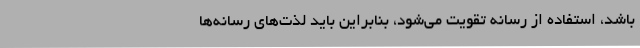
باشد، استفاده از رسانه تقویت می‌شود، بنابراین باید لذت‌های رسانه‌ها